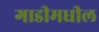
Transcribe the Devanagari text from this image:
गाडीमधील